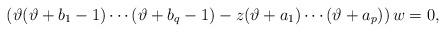
LaTeX: \begin{align*}\left(\vartheta(\vartheta+b_{1}-1)\cdots(\vartheta+b_{q}-1)-z(\vartheta+a_{1})\cdots(\vartheta+a_{p})\right)w=0,\end{align*}